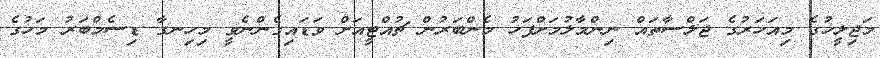
މަޖިލީހުގެ މިއަހަރުގެ ޖަލްސާތައް ނިންމާލުމަށްފަހު މެންބަރުން ޗުއްޓީއަށް ވަޑައިގެންނެވީ މިހިނގާ ޑިސެމްބަރު މަހުގެ